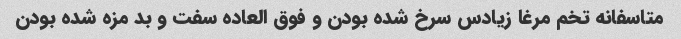
متاسفانه تخم مرغا زیادس سرخ شده بودن و فوق العاده سفت و بد مزه شده بودن